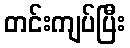
တင်းကျပ်ပြီး